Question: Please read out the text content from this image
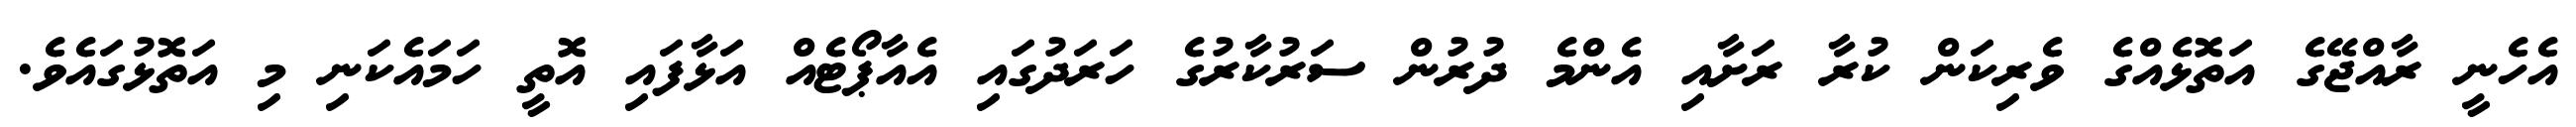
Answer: އެހެނީ ރާއްޖޭގެ އަތޮޅެއްގެ ވެރިކަން ކުރާ ރަށާއި އެންމެ ދުރުން ސަރުކާރުގެ ހަރަދުގައި އެއާޕޯޓެއް އަޅާފައި އޮތީ ހަމައެކަނި މި އަތޮޅުގައެވެ.